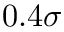
0 . 4 \sigma